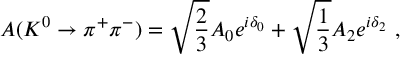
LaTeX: A ( K ^ { 0 } \rightarrow \pi ^ { + } \pi ^ { - } ) = \sqrt { \frac { 2 } { 3 } } A _ { 0 } e ^ { i \delta _ { 0 } } + \sqrt { \frac { 1 } { 3 } } A _ { 2 } e ^ { i \delta _ { 2 } } ~ ,